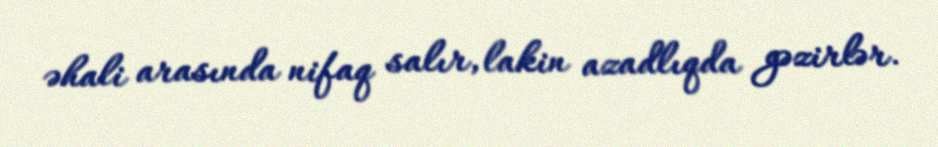
əhali arasında nifaq salır, lakin azadlıqda gəzirlər.